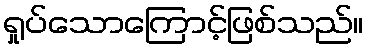
ရှုပ်သောကြောင့်ဖြစ်သည်။